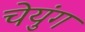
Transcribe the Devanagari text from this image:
चेयुंग